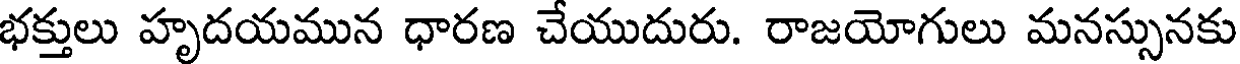
భక్తులు హృదయమున ధారణ చేయుదురు. రాజయోగులు మనస్సునకు